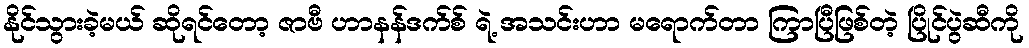
နိုင်သွားခဲ့မယ် ဆိုရင်တော့ ဇာဗီ ဟာနန်ဒက်စ် ရဲ့ အသင်းဟာ မရောက်တာ ကြာပြီဖြစ်တဲ့ ပြိုင်ပွဲဆီကို